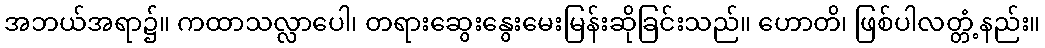
အဘယ်အရာ၌။ ကထာသလ္လာပေါ၊ တရားဆွေးနွေးမေးမြန်းဆိုခြင်းသည်။ ဟောတိ၊ ဖြစ်ပါလတ္တံ့နည်း။